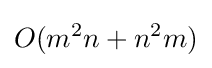
O(m^{2}n+n^{2}m)